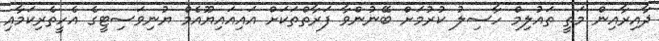
ދާއިރާއިން މަތީ ތައުލިމް ހާސިލު ކުރުމަށް ބޭނުންވާ ފަރާތްތަކަށް އައިއައިޔޫއެމް ޔުނިވަސިޓީގެ އެހީތެރިކަމާއި